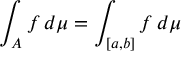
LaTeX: \int _ { A } f \, d \mu = \int _ { [ a , b ] } f \, d \mu